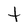
Character: t